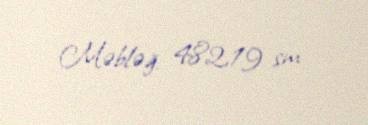
Məbləğ: 482,19 sm